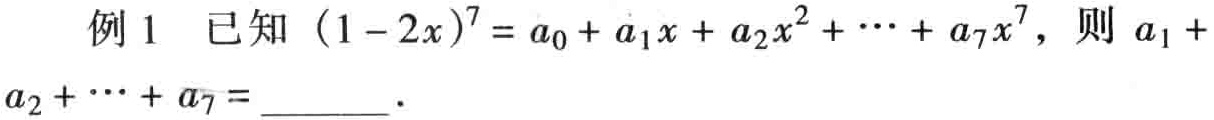
例1 已知\((1 - 2x)^{7} = a_{0} + a_{1}x + a_{2}x^{2} + \cdots + a_{7}x^{7}\)，则\(a_{1} + a_{2} + \cdots + a_{7} =\)  ．